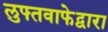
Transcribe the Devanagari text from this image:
लुफ्तवाफेद्वारा